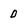
Character: 0